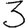
Digit: 3